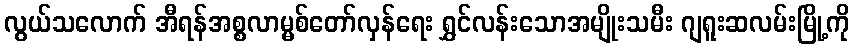
လွယ်သလောက် အီရန်အစ္စလာမ္မစ်တော်လှန်ရေး ရွှင်လန်းသောအမျိုးသမီး ဂျရူးဆလမ်းမြို့ကို